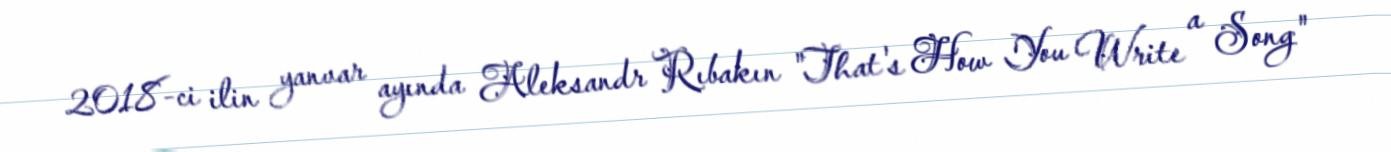
2018-ci ilin yanvar ayında Aleksandr Rıbakın "That's How You Write a Song"